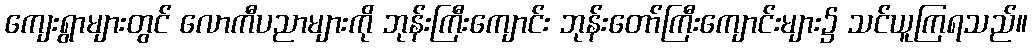
ကျေးရွာများတွင် လောကီပညာများကို ဘုန်းကြီးကျောင်း ဘုန်းတော်ကြီးကျောင်းများ၌ သင်ယူကြရသည်။